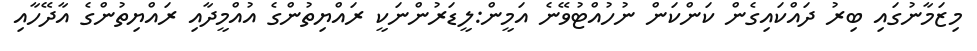
މިޒަމާނުގައި ބިރު ދައްކައިގެން ކަންކަން ނުހުއްޓުވޭނެ އަމީން:ލީޑަރުންނަކީ ރައްޔިތުންގެ އުއްމީދާއި ރައްޔިތުންގެ އާދޭހާއި